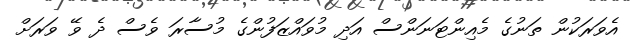
އެވަރަކުން ތަނުގެ މެއިންޓަނަންސް އަދި މުވައްޒަފުންގެ މުސާރަ ވެސް ދެ ވޭ ވަރަށް